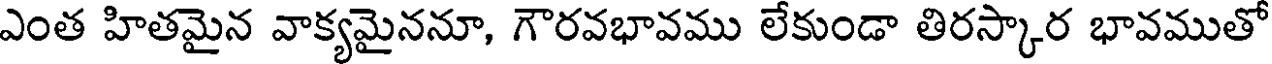
ఎంత హితమైన వాక్యమైననూ, గౌరవభావము లేకుండా తిరస్కార భావముతో